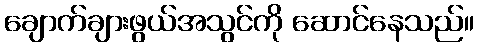
ချောက်ချားဖွယ်အသွင်ကို ဆောင်နေသည်။